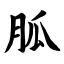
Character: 胍